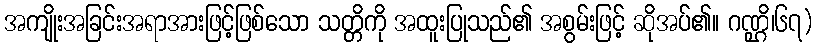
အကျိုးအခြင်းအရာအားဖြင့်ဖြစ်သော သတ္တိကို အထူးပြုသည်၏ အစွမ်းဖြင့် ဆိုအပ်၏။ ဂဏ္ဌိ၊၆၇)